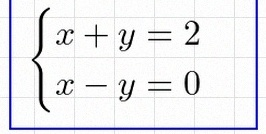
\begin{cases}x+y=2\\x-y=0\end{cases}